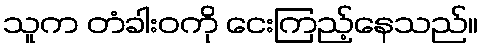
သူက တံခါးဝကို ငေးကြည့်နေသည်။